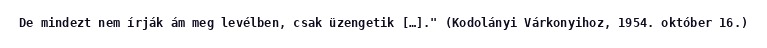
De mindezt nem írják ám meg levélben, csak üzengetik […]." (Kodolányi Várkonyihoz, 1954. október 16.)